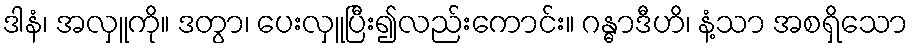
ဒါနံ၊ အလှူကို။ ဒတွာ၊ ပေးလှူပြီး၍လည်းကောင်း။ ဂန္ဓာဒီဟိ၊ နံ့သာ အစရှိသော